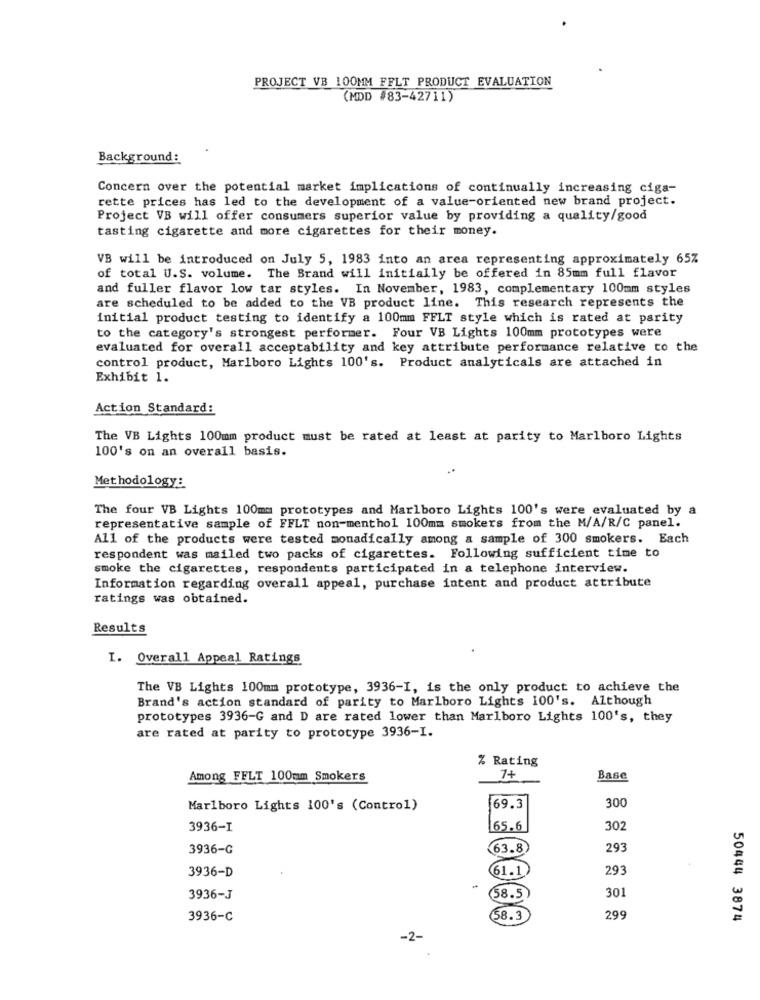
PROJECT VB 100MM FFLT PRODUCT EVALUATION
(MDD #83-42711)
Background:
Concern over the potential market implications of continually increasing ciga-
rette prices has led to the development of a value-oriented new brand project.
Project VB will offer consumers superior value by providing a quality/good
tasting cigarette and more cigarettes for their money.
VB will be introduced on July 5, 1983 into an area representing approximately 65%
of total U.S. volume. The Brand will initially be offered in 85mm full flavor
and fuller flavor low tar styles. In November, 1983, complementary 100mm styles
are scheduled to be added to the VB product line. This research represents the
initial product testing to identify a 100mm FFLT style which is rated at parity
to the category's strongest performer. Four VB Lights 100mm prototypes were
evaluated for overall acceptability and key attribute performance relative to the
control product, Marlboro Lights 100's. Product analyticals are attached in
Exhibit 1.
Action Standard:
The VB Lights 100mm product must be rated at least at parity to Marlboro Lights
100's on an overall basis.
Methodology:
The four VB Lights 100mm prototypes and Marlboro Lights 100's were evaluated by a
representative sample of FFLT non-menthol 100mm smokers from the M/A/R/C panel.
All of the products were tested monadically among a sample of 300 smokers. Each
respondent was mailed two packs of cigarettes. Following sufficient time to
smoke the cigarettes, respondents participated in a telephone interview.
Information regarding overall appeal, purchase intent and product attribute
ratings was obtained.
Results
I. Overall Appeal Ratings
The VB Lights 100mm prototype, 3936-I, is the only product to achieve the
Brand's action standard of parity to Marlboro Lights 100's. Although
prototypes 3936-G and D are rated lower than Marlboro Lights 100's, they
are rated at parity to prototype 3936-I.
% Rating
Among FELT 100mm Smokers
7+
Base
300
Marlboro Lights 100's (Control)
69.3
3936-I
65.6
302
3936-G
63.8)
293
3936-D
61.1
293
301
3936-J
58.5)
3936-C
(58.3
299
50444 3874
-2-